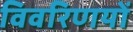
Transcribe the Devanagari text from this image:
विवरिणयों